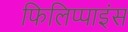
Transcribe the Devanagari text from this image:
फिलिप्पाइंस